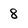
Character: 8